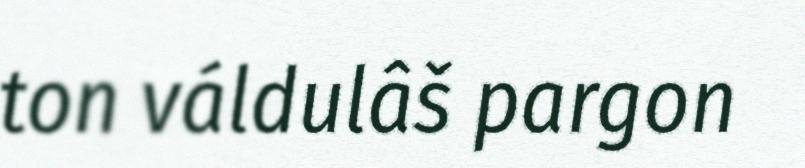
ton váldulâš pargon